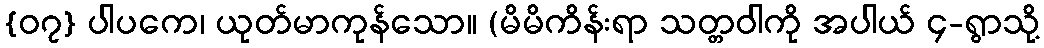
{၀၇} ပါပကေ၊ ယုတ်မာကုန်သော။ (မိမိကိန်းရာ သတ္တဝါကို အပါယ် ၄-ရွာသို့